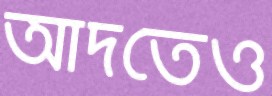
আদতেও